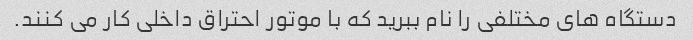
دستگاه های مختلفی را نام ببرید که با موتور احتراق داخلی کار می کنند.